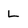
Character: L